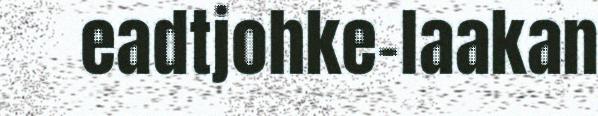
eadtjohke-laakan